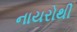
નાયરોથી